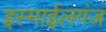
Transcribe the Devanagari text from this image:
इस्माईलगंज